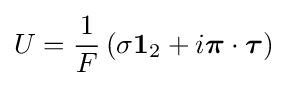
U={\frac {1}{F}}\left(\sigma \mathbf {1} _{2}+i{\boldsymbol {\pi }}\cdot {\boldsymbol {\tau }}\right)\